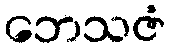
ဘေသဇံ